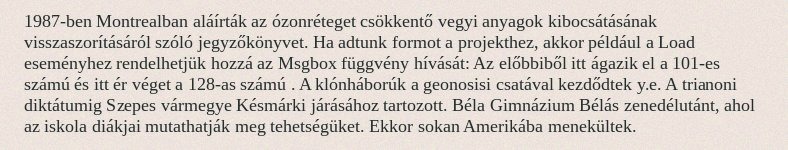
1987-ben Montrealban aláírták az ózonréteget csökkentő vegyi anyagok kibocsátásának visszaszorításáról szóló jegyzőkönyvet. Ha adtunk formot a projekthez, akkor például a Load eseményhez rendelhetjük hozzá az Msgbox függvény hívását: Az előbbiből itt ágazik el a 101-es számú és itt ér véget a 128-as számú . A klónháborúk a geonosisi csatával kezdődtek y.e. A trianoni diktátumig Szepes vármegye Késmárki járásához tartozott. Béla Gimnázium Bélás zenedélutánt, ahol az iskola diákjai mutathatják meg tehetségüket. Ekkor sokan Amerikába menekültek.